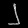
Digit: ၂